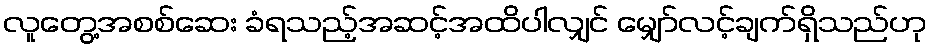
လူတွေ့အစစ်ဆေး ခံရသည့်အဆင့်အထိပါလျှင် မျှော်လင့်ချက်ရှိသည်ဟု